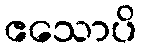
ဧသောပိ